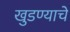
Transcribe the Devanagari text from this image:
खुडण्याचे